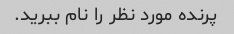
پرنده مورد نظر را نام ببرید.